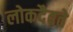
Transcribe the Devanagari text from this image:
लोकदैवते